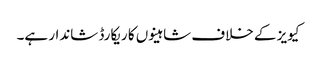
کیویز کے خلاف شاہینوں کا ریکارڈ شاندار ہے۔